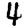
Digit: 4